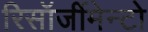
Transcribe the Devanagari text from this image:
रिसॉर्जीमेन्टो